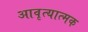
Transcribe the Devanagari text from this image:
आवृत्यात्मक